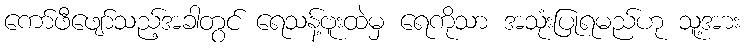
ကော်ဖီဖျော်သည့်အခါတွင် ရေသန့်ဗူးထဲမှ ရေကိုသာ အသုံးပြုရမည်ဟု သူ့အား